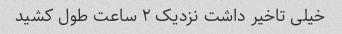
خیلی تاخیر داشت نزدیک ۲ ساعت طول کشید